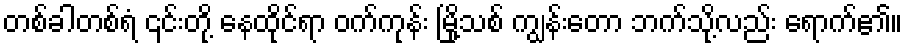
တစ်ခါတစ်ရံ ၎င်းတို့ နေထိုင်ရာ ဝက်ကုန်း မြို့သစ် ကျွန်းတော ဘက်သို့လည်း ရောက်၏။